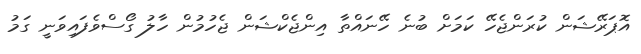
އޮޕަރޭޝަން ކުރަންޖެހޭ ކަމަށް ބުނެ ހޭނައްތާ އިންޖެކްޝަން ޖެހުމުން ހާލު ގޯސްވެފައިވަނީ ގަމު